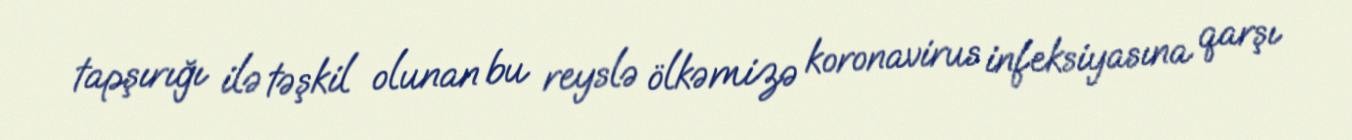
tapşırığı ilə təşkil olunan bu reyslə ölkəmizə koronavirus infeksiyasına qarşı